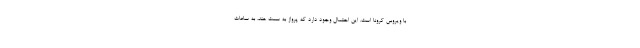
با ویروس کرونا است. این احتمال وجود دارد که پرواز به سمت هند، به ساعات